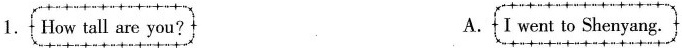
1. How tall are you？ A. I went to Shenyang.